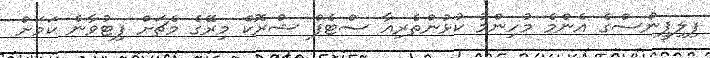
ފިލިޕީންސްގެ އެންމެ މުހިންމު ކުޅުންތެރިއާ ސްޓެފް ޝްރޮކް މިރޭގެ މެޗަށް ފިޓުވާނެ ކަމަށް